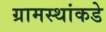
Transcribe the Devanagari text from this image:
ग्रामस्‍थांकडे